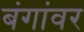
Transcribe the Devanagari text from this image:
बंगांवर